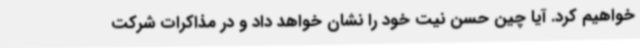
خواهیم کرد. آیا چین حسن نیت خود را نشان خواهد داد و در مذاکرات شرکت